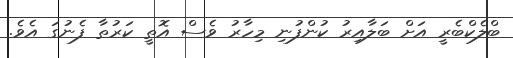
ބްލެކްބެރީ އަށް ބަލާއިރު ކުންފުނި މިހާރު ވެސް އޮތީ ކަރުތާ ފެނުގަ އެވެ.